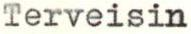
Terveisin